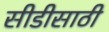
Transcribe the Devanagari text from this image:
सीडीसाठी